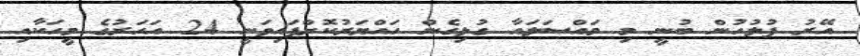
އޭރު ފުލުހުން ބުނީ މި މައްސަލައާ ގުޅިގެން ހައްޔަރުކޮށްފައިވަނީ 24 އަހަރުގެ މީހަކާއި